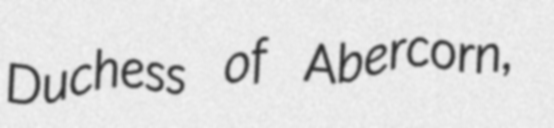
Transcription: Duchess of Abercorn,